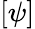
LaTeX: [\psi]